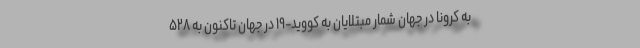
به کرونا در جهان شمار مبتلایان به کووید-۱۹ در جهان تاکنون به ۵۲۸